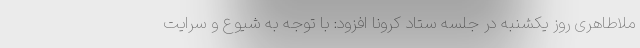
ملاطاهری روز یکشنبه در جلسه ستاد کرونا افزود: با توجه به شیوع و سرایت